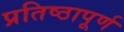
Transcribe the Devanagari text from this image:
प्रतिष्‍ठापूर्ण